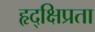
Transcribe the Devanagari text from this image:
हृद्‌क्षिप्रता